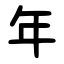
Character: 年